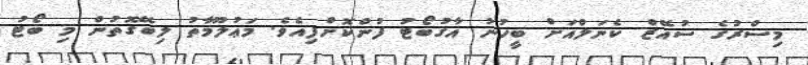
މިސްރުގެ ސުއޭޒް ކެނަލްއަށް ބީހުނު އާގުބޯޓު ފުންކޮށްފިއެވެ. މަޢުލޫމާތު ލިބޭގޮތުން މި ބޯޓު